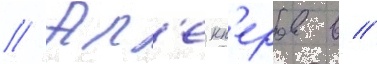
// Ал'екп'еров в //